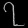
Digit: ၇